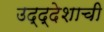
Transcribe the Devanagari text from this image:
उद्द्देशाची